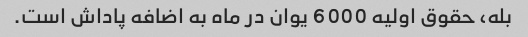
بله، حقوق اولیه 6000 یوان در ماه به اضافه پاداش است.